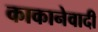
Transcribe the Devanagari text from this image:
काकानेवादी